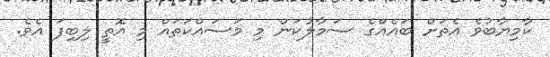
ކާމިޔާބުވެ އެތަށް ބައެއްގެ ސަމާލުކަން މި މަސައްކަތައް މި އޮތީ ލިބިފަ އެވެ.